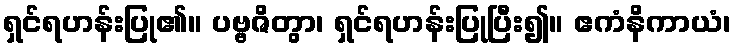
ရှင်ရဟန်းပြု၏။ ပဗ္ဗဇိတွာ၊ ရှင်ရဟန်းပြုပြီး၍။ ဧကံနိကာယံ၊